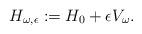
LaTeX: \begin{align*}H_{\omega,\epsilon} := H_0 + \epsilon V_\omega.\end{align*}